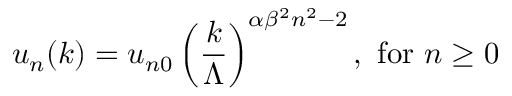
u _ { n } ( k ) = u _ { n 0 } \left( { \frac { k } { \Lambda } } \right) ^ { \alpha \beta ^ { 2 } n ^ { 2 } - 2 } , { \mathrm { ~ f o r ~ } } n \ge 0